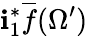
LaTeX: \mathbf{i}_{1}^{*}{\overline{{{f}}}}(\Omega^{\prime})